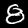
Label: 8